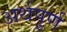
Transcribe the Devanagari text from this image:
अर्थपुर्ण